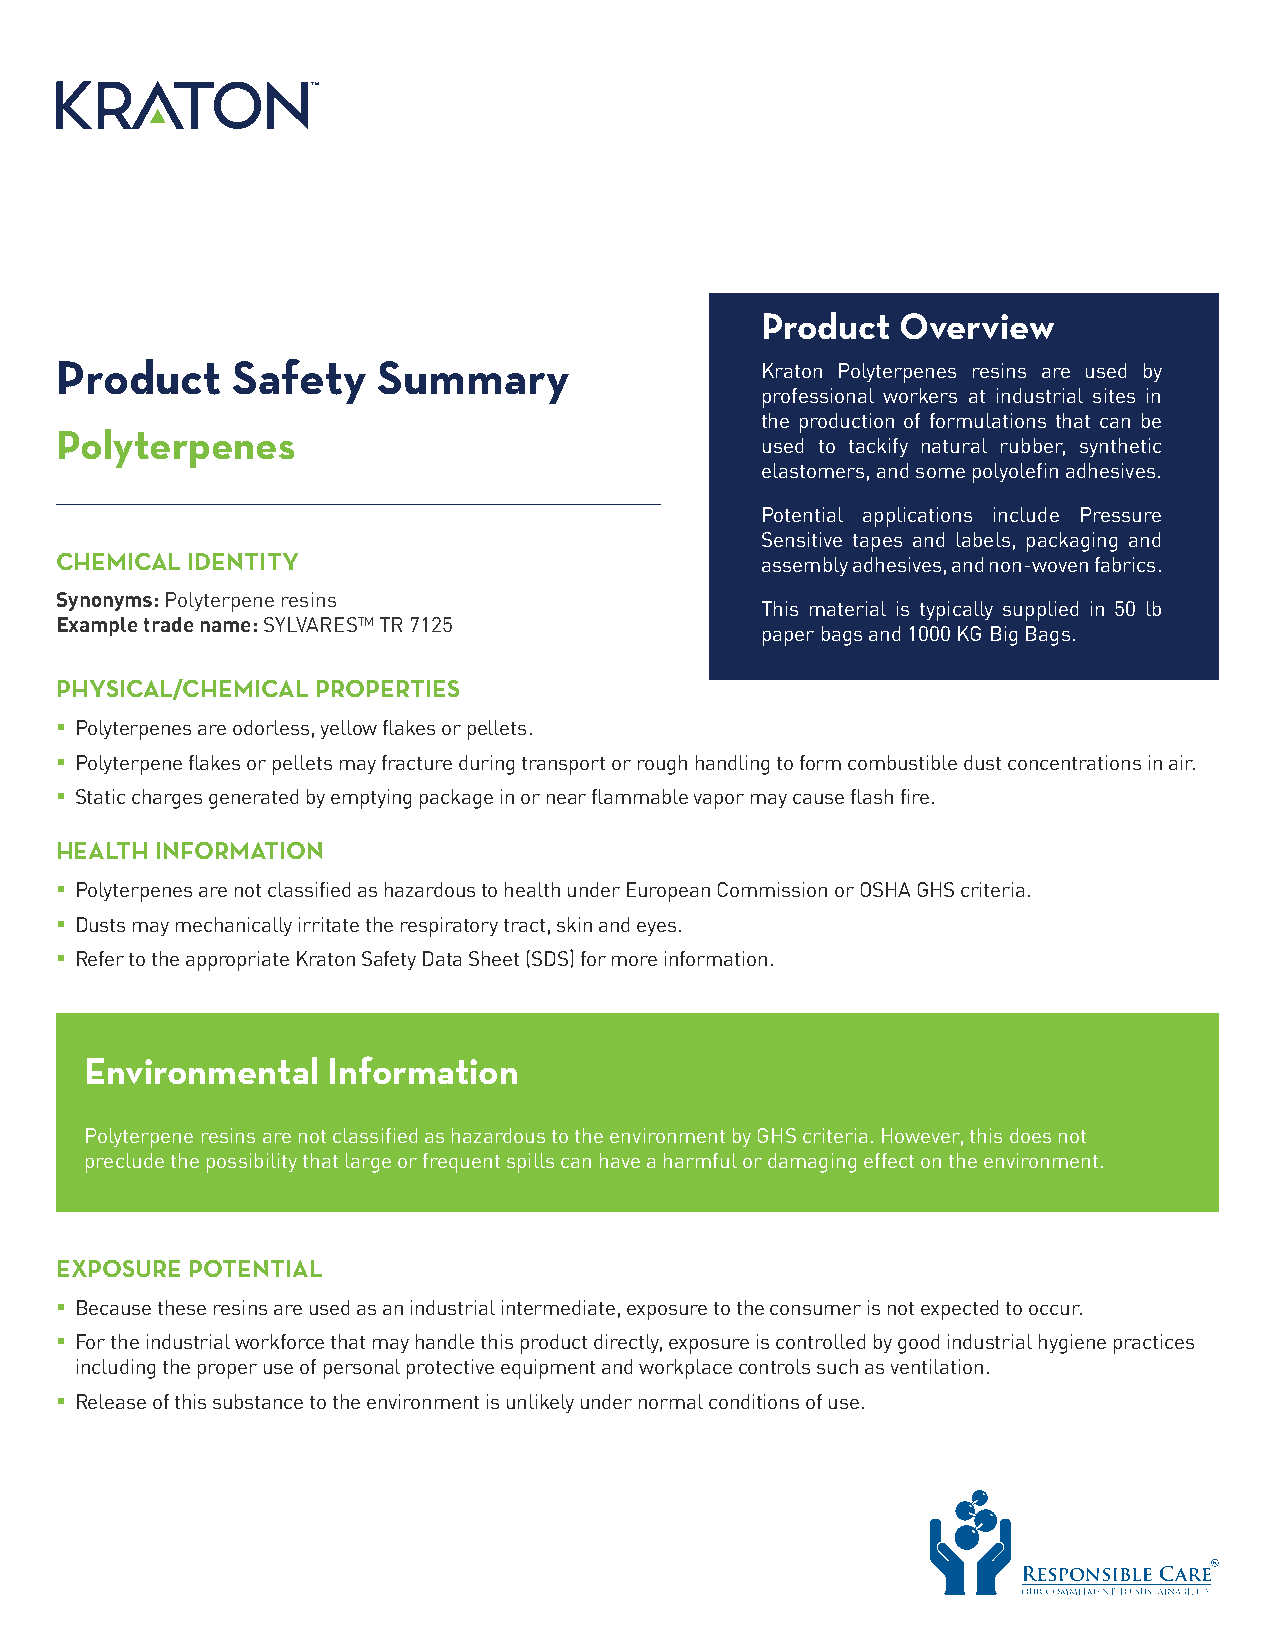
Product   Overview
 Product    Safety    Summary                  Kraton Polyterpenes resins are used by
 professional workers at industrial sites in
 the production of formulations that can be
 Polyterpenes
 used to tackify natural rubber, synthetic
 elastomers, and some polyolefin adhesives.
 Potential applications include Pressure
 Sensitive tapes and labels, packaging and
 CHEMICAL IDENTITY                             assembly adhesives, and non-woven fabrics.
 Synonyms: Polyterpene resins
 This material is typically supplied in 50 lb
 Example trade name: SYLVARESTM TR 7125
 paper bags and 1000 KG Big Bags.
 PHYSICAL/CHEMICAL PROPERTIES
  Polyterpenes are odorless, yellow flakes or pellets.
  Polyterpene flakes or pellets may fracture during transport or rough handling to form combustible dust concentrations in air.
  Static charges generated by emptying package in or near flammable vapor may cause flash fire.
 HEALTH INFORMATION
  Polyterpenes are not classified as hazardous to health under European Commission or OSHA GHS criteria.
  Dusts may mechanically irritate the respiratory tract, skin and eyes.
  Refer to the appropriate Kraton Safety Data Sheet (SDS) for more information.
 Environmental   Information
 Polyterpene resins are not classified as hazardous to the environment by GHS criteria. However, this does not
 preclude the possibility that large or frequent spills can have a harmful or damaging effect on the environment.
 EXPOSURE POTENTIAL
  Because these resins are used as an industrial intermediate, exposure to the consumer is not expected to occur.
  For the industrial workforce that may handle this product directly, exposure is controlled by good industrial hygiene practices
 including the proper use of personal protective equipment and workplace controls such as ventilation.
  Release of this substance to the environment is unlikely under normal conditions of use.